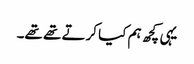
یہی کچھ ہم کیا کرتے تھے تھے۔